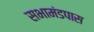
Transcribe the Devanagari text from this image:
सभामंडपास